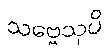
သဗ္ဗေသုပိ